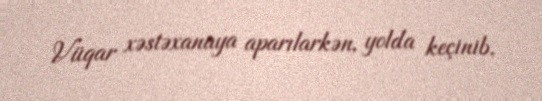
Vüqar xəstəxanaya aparılarkən, yolda keçinib.